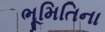
ભૂમિતિના